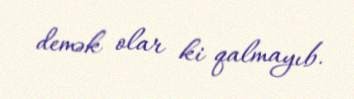
demək olar ki qalmayıb.